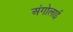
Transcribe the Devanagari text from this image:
अंगोलाई